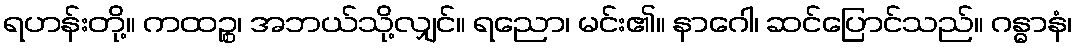
ရဟန်းတို့။ ကထဉ္စ၊ အဘယ်သို့လျှင်။ ရညော၊ မင်း၏။ နာဂေါ၊ ဆင်ပြောင်သည်။ ဂန္ဓာနံ၊